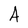
Character: A